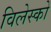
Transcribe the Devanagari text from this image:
विलेस्को